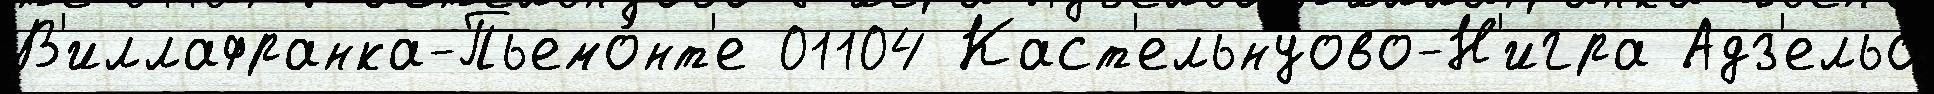
В'иллафранка-Пьемо́нт'е 01104 Каст'ельнуово-Н'игра Адз'ельо